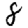
Digit: 8